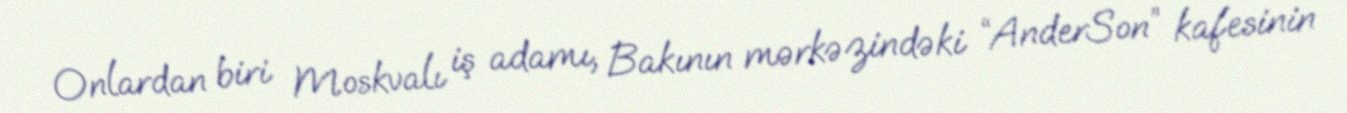
Onlardan biri Moskvalı iş adamı, Bakının mərkəzindəki “AnderSon” kafesinin